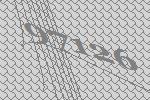
97126